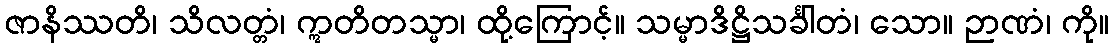
ဇာနိဿတိ၊ သိလတ္တံ၊ ဣတိတသ္မာ၊ ထို့ကြောင့်။ သမ္မာဒိဋ္ဌိသင်္ခါတံ၊ သော။ ဉာဏံ၊ ကို။